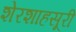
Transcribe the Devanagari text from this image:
शेरशाहसूरी